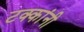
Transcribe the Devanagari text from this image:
टक्कांनी